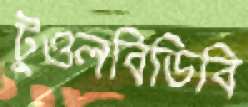
টুওলবিডিবি